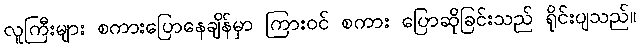
လူကြီးများ စကားပြောနေချိန်မှာ ကြားဝင် စကား ပြောဆိုခြင်းသည် ရိုင်းပျသည်။